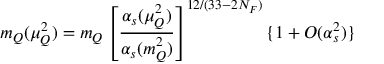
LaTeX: m _ { Q } ( \mu _ { Q } ^ { 2 } ) = m _ { Q } \left[ \frac { \alpha _ { s } ( \mu _ { Q } ^ { 2 } ) } { \alpha _ { s } ( m _ { Q } ^ { 2 } ) } \right] ^ { 1 2 / ( 3 3 - 2 N _ { F } ) } \{ 1 + { \cal O } ( \alpha _ { s } ^ { 2 } ) \}